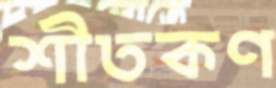
শীতকণ